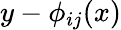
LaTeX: y-\phi_{ij}(x)